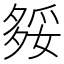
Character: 𡖲